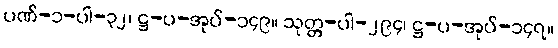
ပဏ်-၁-ပါ-၃၂၊ ဋ္ဌ-ပ-အုပ်-၁၄၉။ သုတ္တ-ပါ-၂၉၄၊ ဋ္ဌ-ပ-အုပ်-၁၄၇။